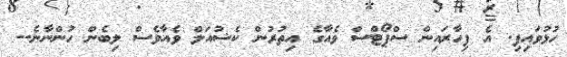
ހުޅުވައިފި. އެ ފިހާރައިން ސްޕޯޓްސް ވެއާގެ އިތުރުން ކެޝުއަލް ވެއާވެސް ލިބެން ހުންނާނެ--